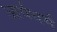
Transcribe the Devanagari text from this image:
आर्यधर्म